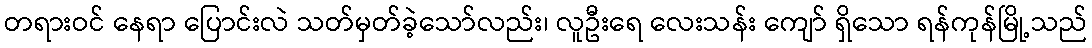
တရားဝင် နေရာ ပြောင်းလဲ သတ်မှတ်ခဲ့သော်လည်း၊ လူဦးရေ လေးသန်း ကျော် ရှိသော ရန်ကုန်မြို့သည်